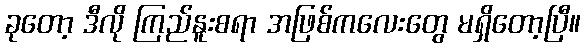
ခုတော့ ဒီလို ကြည်နူးစရာ အဖြစ်ကလေးတွေ မရှိတော့ပြီ။